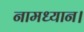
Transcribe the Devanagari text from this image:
नामध्यान।